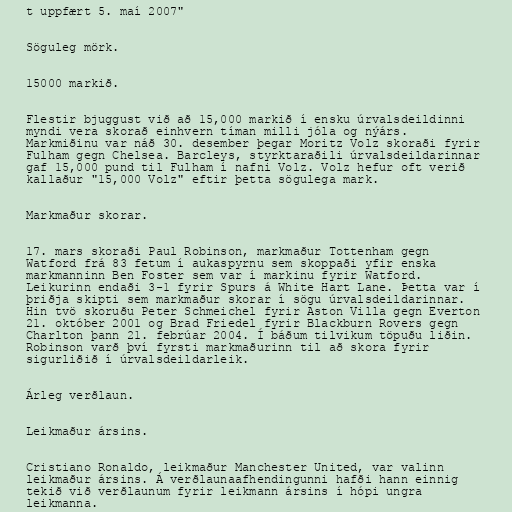
t uppfært 5. maí 2007"

Söguleg mörk.

15000 markið.

Flestir bjuggust við að 15,000 markið í ensku úrvalsdeildinni
myndi vera skorað einhvern tíman milli jóla og nýárs.
Markmiðinu var náð 30. desember þegar Moritz Volz skoraði fyrir
Fulham gegn Chelsea. Barcleys, styrktaraðili úrvalsdeildarinnar
gaf 15,000 pund til Fulham í nafni Volz. Volz hefur oft verið
kallaður "15,000 Volz" eftir þetta sögulega mark.

Markmaður skorar.

17. mars skoraði Paul Robinson, markmaður Tottenham gegn
Watford frá 83 fetum í aukaspyrnu sem skoppaði yfir enska
markmanninn Ben Foster sem var í markinu fyrir Watford.
Leikurinn endaði 3-1 fyrir Spurs á White Hart Lane. Þetta var í
þriðja skipti sem markmaður skorar í sögu úrvalsdeildarinnar.
Hin tvö skoruðu Peter Schmeichel fyrir Aston Villa gegn Everton
21. október 2001 og Brad Friedel fyrir Blackburn Rovers gegn
Charlton þann 21. febrúar 2004. Í báðum tilvikum töpuðu liðin.
Robinson varð því fyrsti markmaðurinn til að skora fyrir
sigurliðið í úrvalsdeildarleik.

Árleg verðlaun.

Leikmaður ársins.

Cristiano Ronaldo, leikmaður Manchester United, var valinn
leikmaður ársins. Á verðlaunaafhendingunni hafði hann einnig
tekið við verðlaunum fyrir leikmann ársins í hópi ungra
leikmanna.